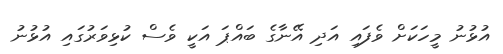
އުޅުނު މީހަކަށް ވެފައި އަދި އޭނާގެ ބައްޕަ އަކީ ވެސް ކުޅިވަރުގައި އުޅުނު